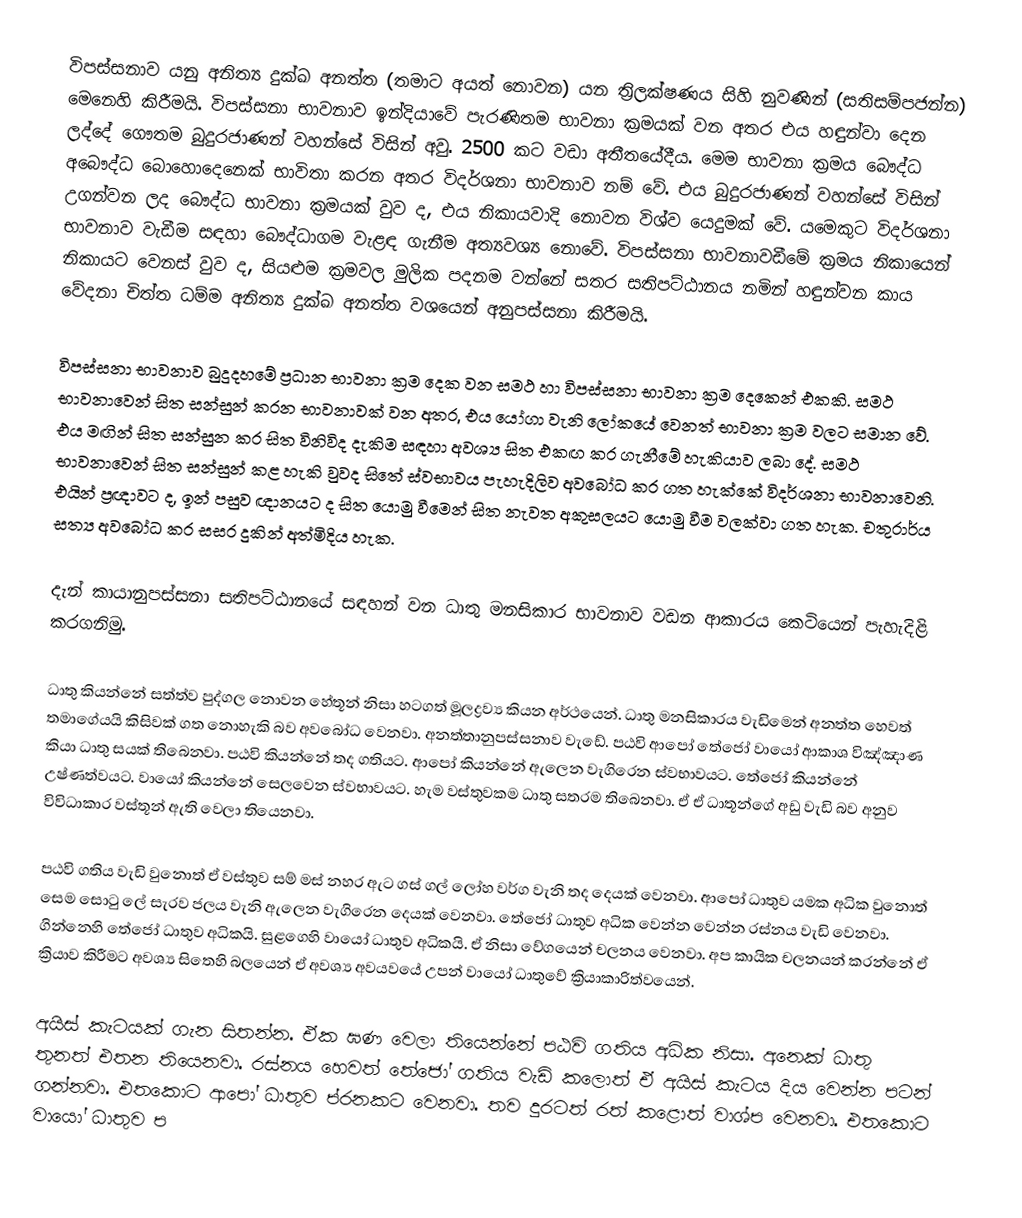
විපස්සනාව යනු අනිත්‍ය දුක්ඛ අනත්ත (තමාට අයත් නොවන) යන ත්‍රිලක්ෂණය සිහි නුවණින් (සතිසම්පජන්න) මෙනෙහි කිරීමයි. විපස්සනා භාවනාව ඉන්දියාවේ පැරණිතම භාවනා ක්‍රමයක් වන අතර එය  හඳුන්වා දෙන ලද්දේ ගෞතම බුදුරජාණන් වහන්සේ විසින් අවු. 2500 කට වඩා අතීතයේදීය. මෙම භාවනා ක්‍රමය බෞද්ධ අබෞද්ධ බොහොදෙනෙක් භාවිතා කරන අතර විදර්ශනා භාවනාව නම් වේ. එය බුදුරජාණන් වහන්සේ විසින් උගන්වන ලද ‍බෞද්ධ භාවනා ක්‍රමයක් වුව ද, එය නිකායවාදි නොවන විශ්ව යෙදුමක් වේ. යමෙකුට විදර්ශනා භාවනාව වැඩීම සඳහා බෞද්ධාගම වැළඳ ගැනීම අත්‍යවශ්‍ය නොවේ. විපස්සනා භාවනාවඩීමේ ක්‍රමය නිකායෙන් නිකායට වෙනස් වුව ද, සියළුම ක්‍රමවල මුලික පදනම වන්නේ සතර සතිපට්ඨානය නමින් හඳුන්වන කාය වේදනා චිත්ත ධම්ම අනිත්‍ය දුක්ඛ අනත්ත වශයෙන් අනුපස්සනා කිරීමයි.

විපස්සනා භාවනාව බුදුදහමේ ප්‍රධාන භාවනා ක්‍රම දෙක වන සමථ හා විපස්සනා භාවනා ක්‍රම දෙකෙන් එකකි. සමථ භාවනාවෙන් සිත සන්සුන් කරන භාවනාවක් වන අතර, එය යෝගා වැනි ලෝකයේ වෙනත් භාවනා ක්‍රම වලට සමාන වේ. එය මඟින් සිත සන්සුන කර සිත විනිවිද දැකිම සඳහා අවශ්‍ය සිත එකඟ කර ගැනීමේ හැකියාව ලබා දේ. සමථ භාවනාවෙන් සිත සන්සුන් කළ හැකි වුවද සිතේ ස්වභාවය පැහැදිලිව අවබෝධ කර ගත හැක්කේ විදර්ශනා භාවනාවෙනි. එයින් ප්‍රඥාවට ද, ඉන් පසුව  ඥානයට ද සිත යොමු වීමෙන් සිත නැවත අකුසලයට යොමු වීම වලක්වා ගත හැක. චතුරාර්ය සත්‍ය අවබෝධ කර සසර දුකින් අත්මිදිය හැක.

දැන් කායානුපස්සනා සතිපට්ඨානයේ සඳහන් වන ධාතු මනසිකාර භාවනාව වඩන ආකාරය කෙටියෙන් පැහැදිළි කරගනිමු.

ධාතු කියන්නේ සත්ත්ව පුද්ගල නොවන හේතූන් නිසා හටගත් මූලද්‍රව්‍ය කියන අර්ථයෙන්. ධාතු මනසිකාරය වැඩිමෙන් අනත්ත හෙවත් තමාගේයයි කිසිවක් ගත නොහැකි බව අවබෝධ වෙනවා. අනත්තානුපස්සනාව වැඩේ. පඨවි ආපෝ තේජෝ වායෝ ආකාශ විඤ්ඤාණ කියා ධාතු සයක් තිබෙනවා. පඨවි කියන්නේ තද ගතියට. ආපෝ කියන්නේ ඇලෙන වැගිරෙන ස්වභාවයට. තේජෝ කියන්නේ උෂ්ණත්වයට. වායෝ කියන්නේ සෙලවෙන ස්වභාවයට. හැම වස්තුවකම ධාතු සතරම තිබෙනවා. ඒ ඒ ධාතූන්ගේ අඩු වැඩි බව අනුව විවිධාකාර වස්තූන් ඇති වෙලා තියෙනවා.

පඨවි ගතිය වැඩි වුනොත් ඒ වස්තුව සම් මස් නහර ඇට ගස් ගල් ලෝහ වර්ග වැනි තද දෙයක් වෙනවා. ආපෝ ධාතුව යමක අධික වුනොත් සෙම සොටු ලේ සැරව ජලය වැනි ඇලෙන වැගිරෙන දෙයක් වෙනවා. තේජෝ ධාතුව අධික වෙන්න වෙන්න රස්නය වැඩි වෙනවා. ගින්නෙහි තේජෝ ධාතුව අධිකයි. සුළගෙහි වායෝ ධාතුව අධිකයි. ඒ නිසා වේගයෙන් චලනය වෙනවා. අප කායික චලනයන් කරන්නේ ඒ ක්‍රියාව කිරීමට අවශ්‍ය සිතෙහි බලයෙන් ඒ අවශ්‍ය අවයවයේ උපන් වායෝ ධාතුවේ ක්‍රියාකාරිත්වයෙන්.

අයිස් කැටයක් ගැන සිතන්න. ඒක ඝණ වෙලා තියෙන්නේ පඨවි ගතිය අධික නිසා. අනෙක් ධාතු තුනත් එතන තියෙනවා. රස්නය හෙවත් තේජෝ ගතිය වැඩි කලොත් ඒ අයිස් කැටය දිය වෙන්න පටන් ගන්නවා. එතකොට ආපෝ ධාතුව ප්රනකට වෙනවා. තව දුරටත් රත් කළොත් වාශ්ප වෙනවා. එතකොට වායෝ ධාතුව ප